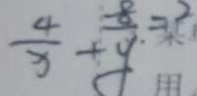
\frac { 4 } { x } + \frac { 8 } { y } = 2